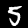
Label: 5